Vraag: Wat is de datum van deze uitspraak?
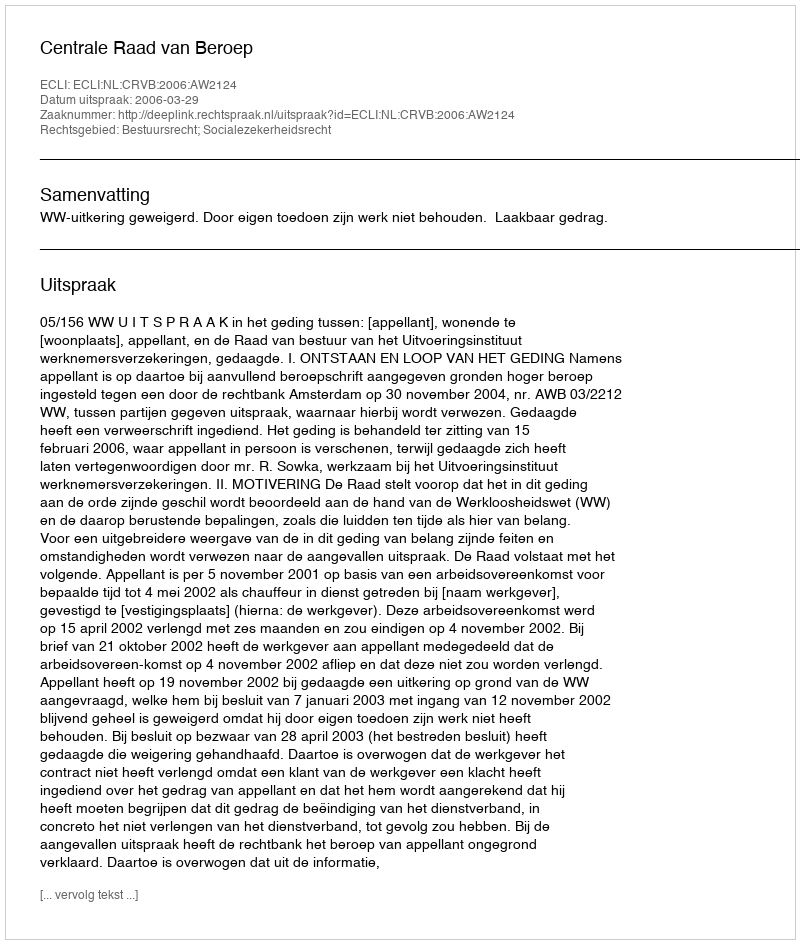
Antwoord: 2006-03-29